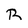
Character: R